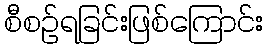
စီစဉ်ရခြင်းဖြစ်ကြောင်း